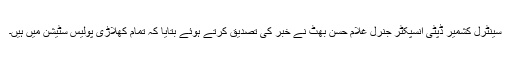
سینٹرل کشمیر ڈپٹی انسپکٹر جنرل غلام حسن بھٹ نے خبر کی تصدیق کرتے ہوئے بتایا کہ تمام کھلاڑی پولیس سٹیشن میں ہیں۔